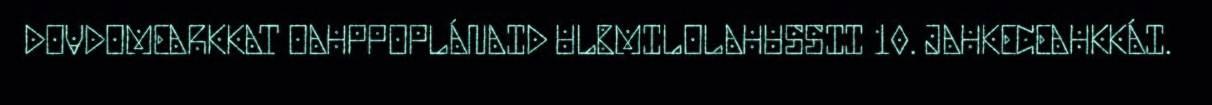
DOVDOMEARKKAT OAHPPOPLÁNAID ULBMILOLAHUSSII 10. JAHKECEAHKKÁI.